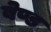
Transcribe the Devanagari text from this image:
बेण्ड